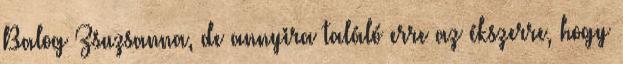
Balog Zsuzsanna, de annyira találó erre az ékszerre, hogy